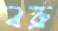
বব্রু